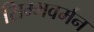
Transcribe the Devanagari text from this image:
सिम्भवर्मन